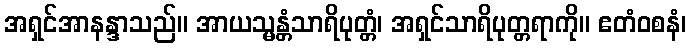
အရှင်အာနန္ဒာသည်။ အာယသ္မန္တံသာရိပုတ္တံ၊ အရှင်သာရိပုတ္တရာကို။ ဧတံဝစနံ၊